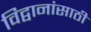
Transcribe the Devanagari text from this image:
विद्वानांसाठी